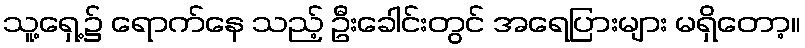
သူ့ရှေ့၌ ရောက်နေ သည့် ဦးခေါင်းတွင် အရေပြားများ မရှိတော့။